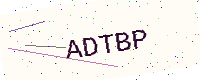
Text: ADTBP